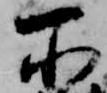
所